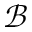
\mathcal { B }